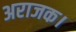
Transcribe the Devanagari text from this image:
अराजक।